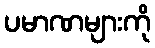
ပမာဏများကို